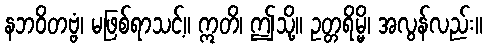
နဘဝိတဗ္ဗံ၊ မဖြစ်ရာသင့်။ ဣတိ၊ ဤသို့။ ဥတ္တရိမ္မိ၊ အလွန်လည်း။